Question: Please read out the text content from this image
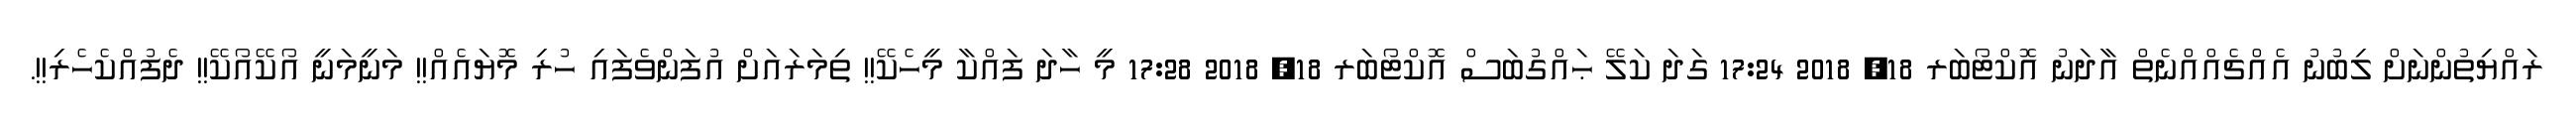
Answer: ރައްޔިތުންނަށް ލިބުނު އެއްޗެއްއްނެތް އާދަނު އޮކްޓޯބަރ 18, 2018 17:24 ގަދަ ކަލޭ ޙައްގުބަސް އޮކްޓޯބަރ 18, 2018 17:28 މީ ހާދަ ފައްކާ މީހެކޭ!! ތިމަރައަށް އުފަންވެފައި ހުރި މޮޔައެއް!! މަނީމަނީ އޯކޭއޯކޭ!! ދެފުއްކެހެރި!!.